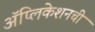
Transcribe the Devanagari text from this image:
अॅप्लिकेशनची